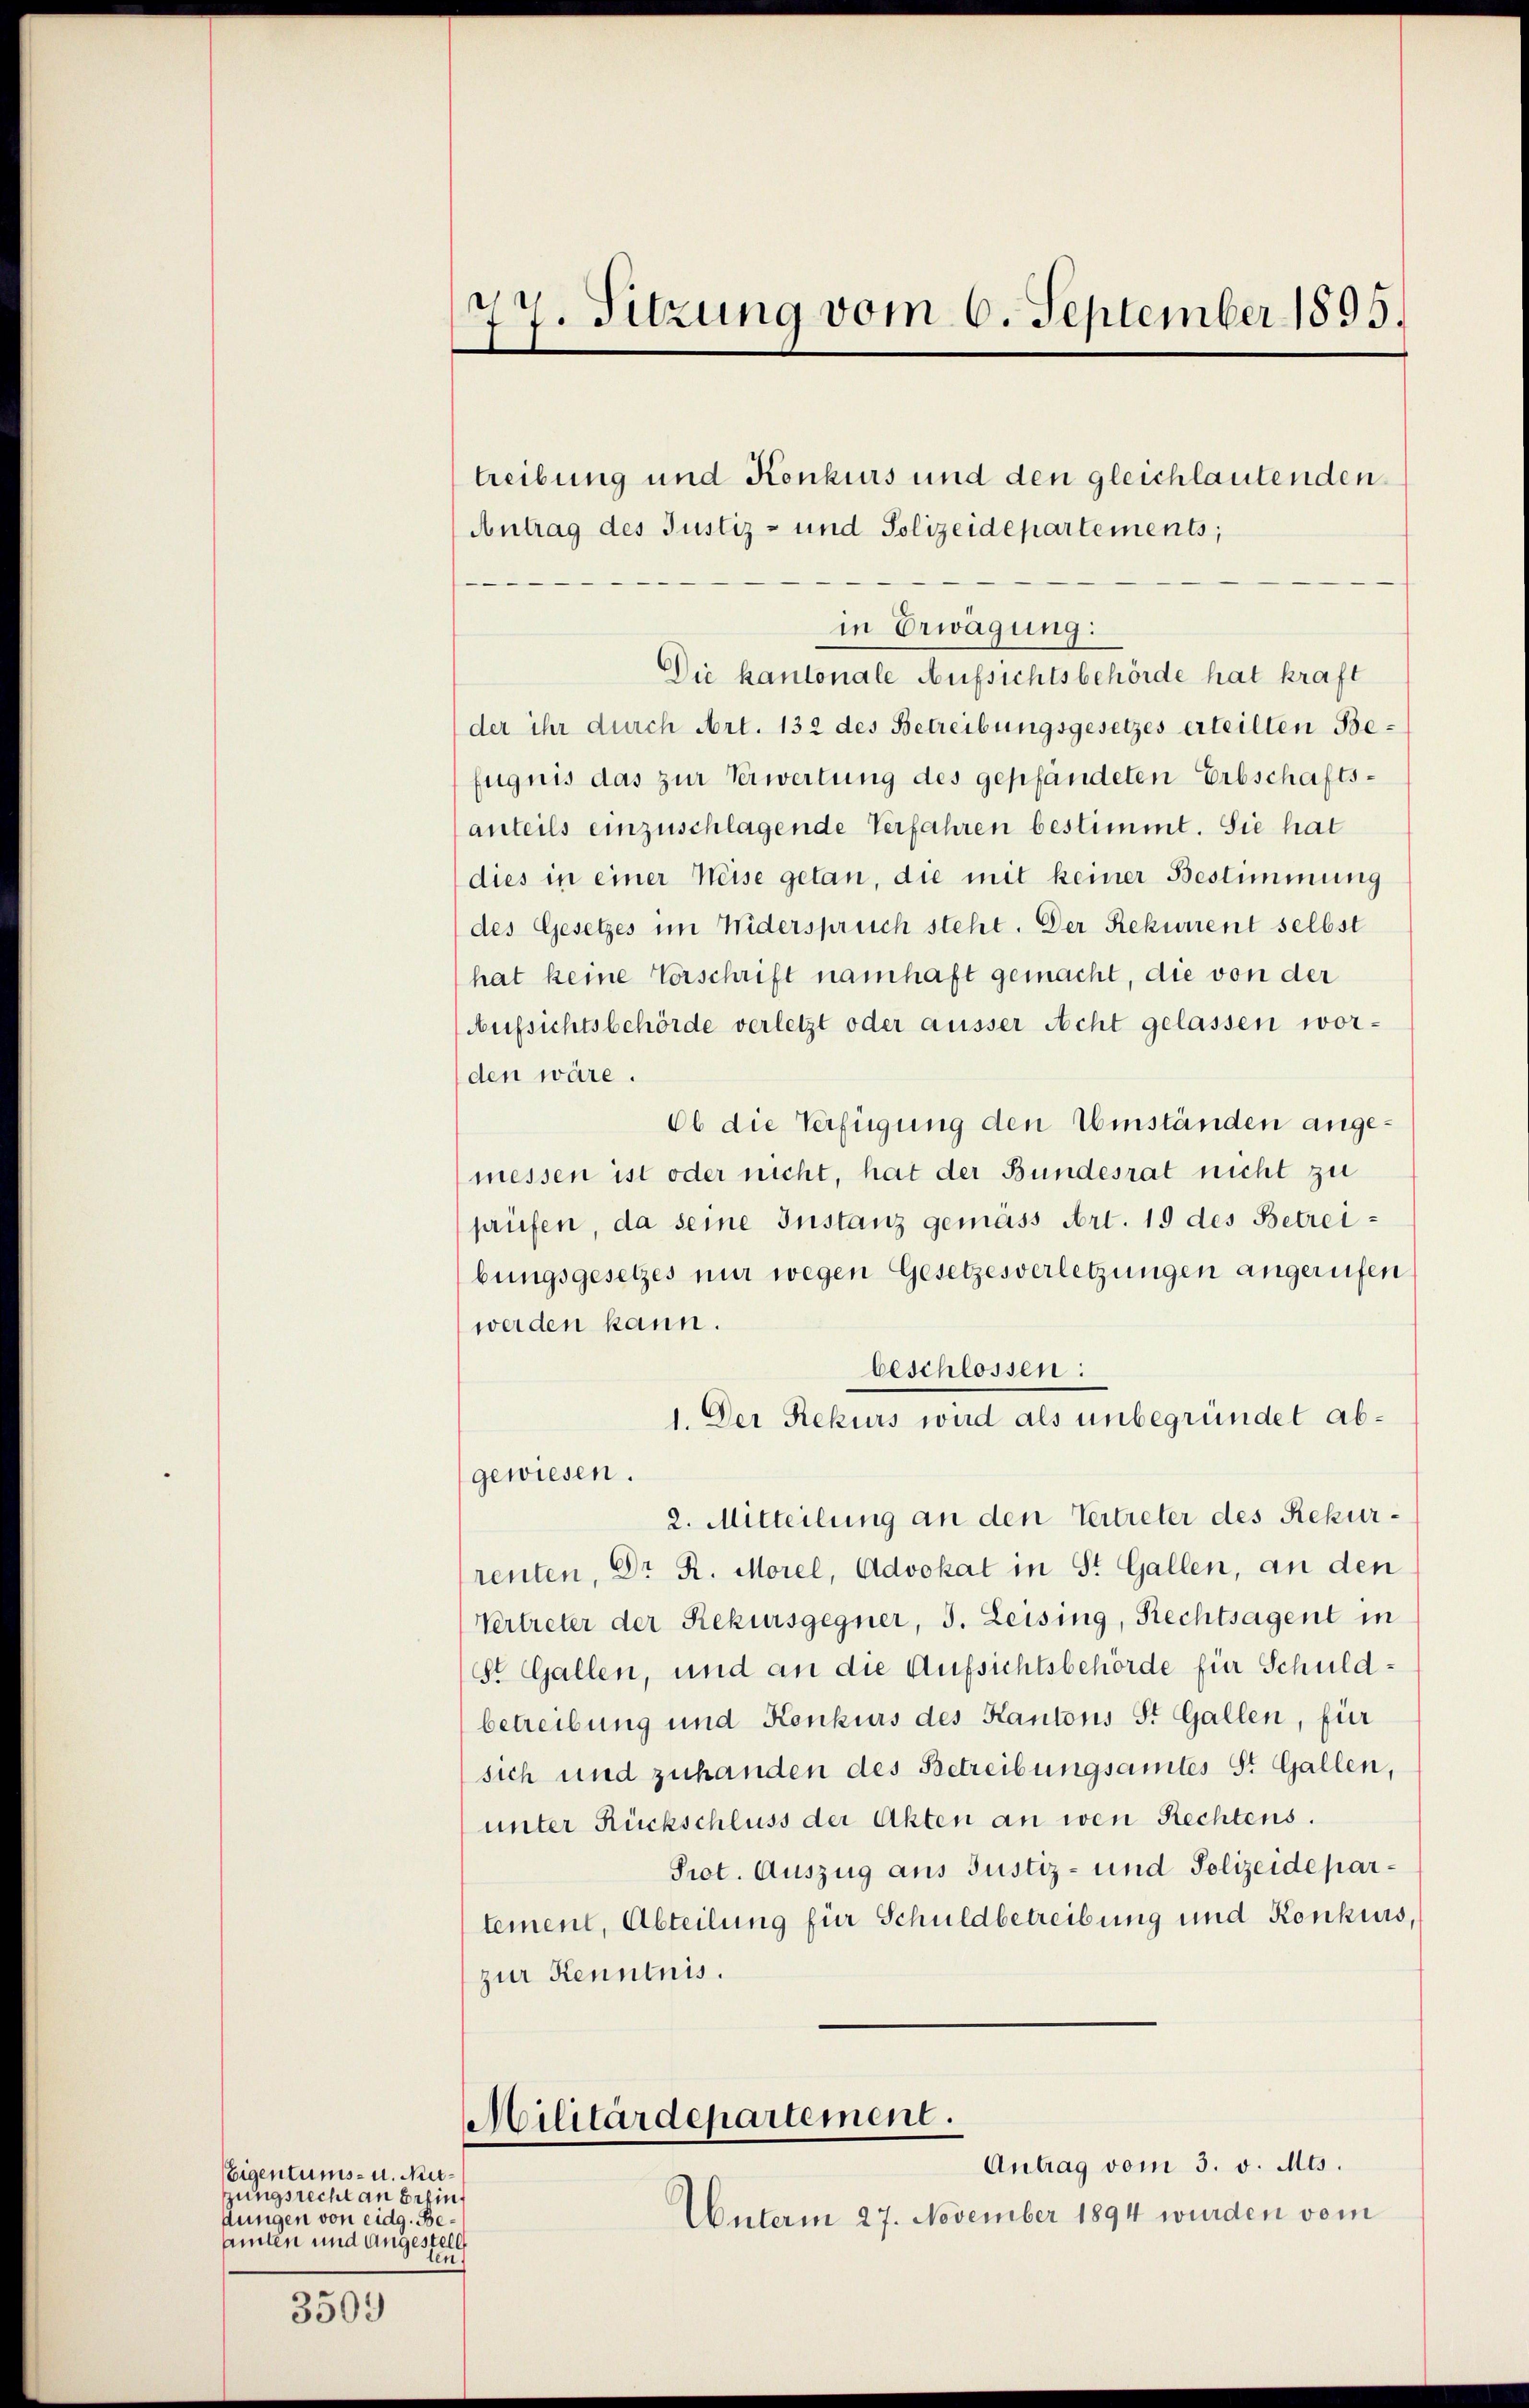
Eigentums- u. Nutzungsrecht an Erfinfungen von eidg. Beamten und Angestell

3509

77. Sitzung vom 6. September 1895.

treibung und Konkurs und den gleichlautenden
Antrag des Justiz- und Polizeidepartements;
in Erwägung:
Die kantonale Aufsichtsbehörde hat kraft
der ihr durch Art. 132 des Betreibungsgesetzes erteilten Befugnis das zur Verwertung des gepfandeten Erbschaftsanteils einzuschlagende Verfahren bestimmt. Sie hat
dies in einer Weise getan, die mit keiner Bestimmung
des Gesetzes im Widerspruch steht. Der Rekurrent selbst
hat keine Vorschrift namhaft gemacht, die von der
Aufsichtsbehörde verletzt oder äusser Acht gelassen worden wäre.
Ob die Verfügung den Umständen angemessen ist oder nicht, hat der Bundesrat nicht zu
prüfen, da seine Instanz gemäss Art. 19 des Betreibungsgesetzes nur wegen Gesetzesverletzungen angerufen
werden kann.
beschlossen:
1. Der Rekurs wird als unbegründet abgewiesen.
2. Mitteilung an den Vertreter des Rekurrenten, Dr. R. Morel, Advokat in St. Gallen, an den
Vertreter der Rekursgegner, J. Leising, Rechtsagent in
St. Gallen, und an die Aufsichtsbehörde für Schuldbetreibung und Konkurs des Kantons St. Gallen, für
sich und zuhanden des Betreibungsamtes St. Gallen,
unter Rückschluss der Akten an wen Rechtens.
Prot. Auszug aus Justiz- und Polizeidepartement, Abteilung für Schuldbetreibung und Konkurs,
zur Kenntnis.
Militärdepartement.
Antrag vom 3. v. Mts.
Unterm 27. November 1894 wurden vom